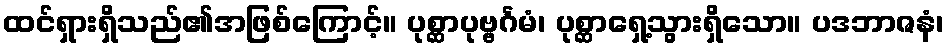
ထင်ရှားရှိသည်၏အဖြစ်ကြောင့်။ ပုစ္ဆာပုဗ္ဗင်္ဂမံ၊ ပုစ္ဆာရှေ့သွားရှိသော။ ပဒဘာဇနံ၊